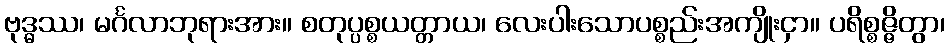
ဗုဒ္ဓဿ၊ မင်္ဂလာဘုရားအား။ စတုပ္ပစ္စယတ္တာယ၊ လေးပါးသောပစ္စည်းအကျိုးငှာ။ ပရိစ္စဇ္ဇိတွာ၊